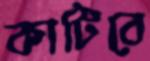
কাটিবে